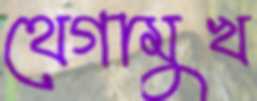
থেগামুখ